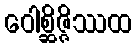
ဝေါစ္ဆိဇ္ဇိဿထ